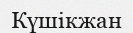
Күшікжан